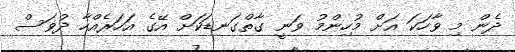
ދެން މި ވާހަކަ އަށް މުހިންމު ވަނީ ގާތްގަނޑަކަށް އޭގެ އަހަރެއްހާ ދުވަސް